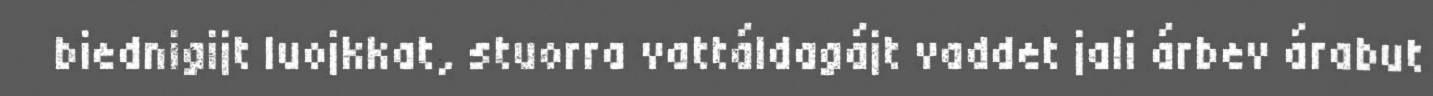
biednigijt luojkkat, stuorra vattáldagájt vaddet jali árbev árabut